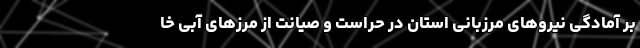
بر آمادگی نیروهای مرزبانی استان در حراست و صیانت از مرزهای آبی خا